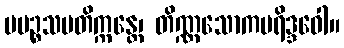
ပပဉ္စသမတိက္ကန္တေ၊ တိဏ္ဏသောကပရိဒ္ဒဝေါ။